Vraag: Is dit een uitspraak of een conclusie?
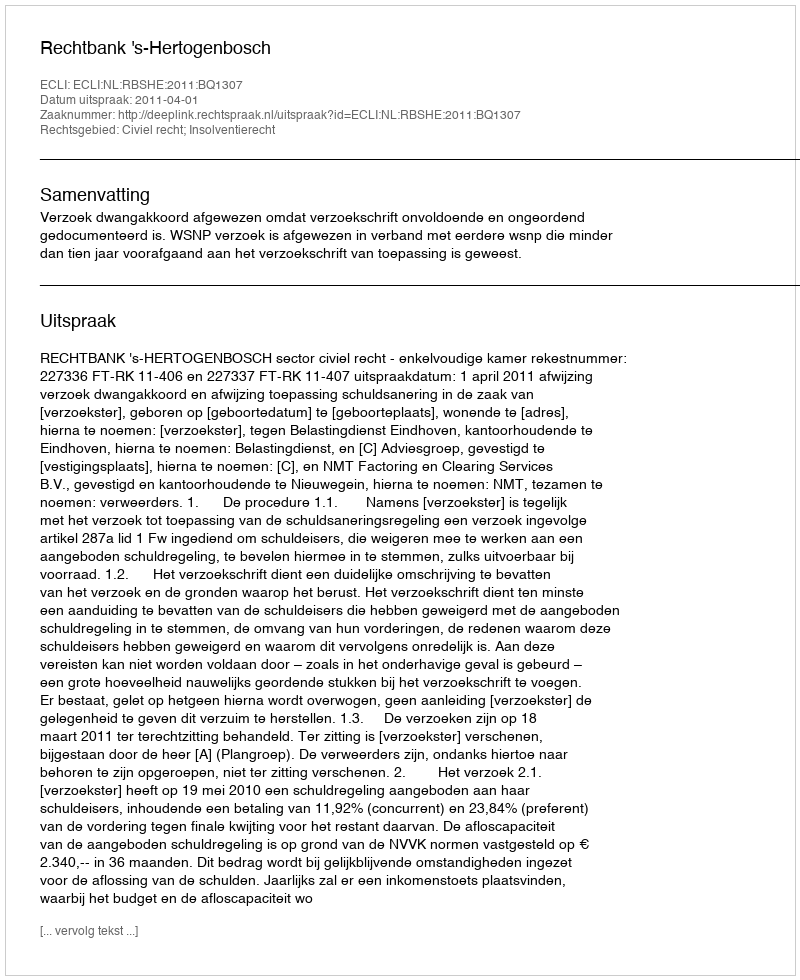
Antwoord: Uitspraak